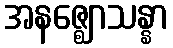
အနဇ္ဈောသန္နာ